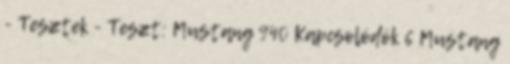
- Tesztek - Teszt: Mustang 940 Kapcsolódók 6 Mustang